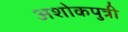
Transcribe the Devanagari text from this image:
अशोकपुत्री